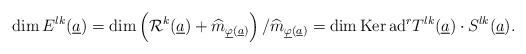
LaTeX: \begin{gather*}\mbox{dim}\,E^{lk}(\underline{a})=\mbox{dim}\left ( \mathcal{R}^{k}(\underline{a})+\widehat{m}_{\underline{\varphi}(\underline{a})}\right )/\widehat{m}_{\underline{\varphi}(\underline{a})}=\mbox{dim}\,\mbox{Ker}\,\mbox{ad}^{r}T^{lk}(\underline{a})\cdot S^{lk}(\underline{a}).\end{gather*}